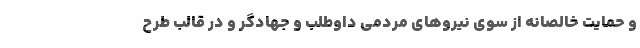
و حمایت خالصانه از سوی نیروهای مردمی داوطلب و جهادگر و در قالب طرح